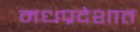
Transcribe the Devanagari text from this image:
मधप्रदेशात